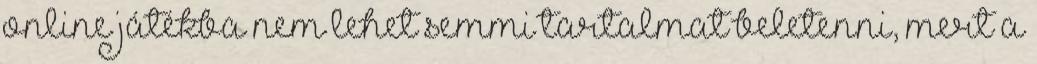
online játékba nem lehet semmi tartalmat beletenni, mert a